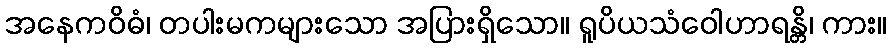
အနေကဝိဓံ၊ တပါးမကများသော အပြားရှိသော။ ရူပိယသံဝေါဟာရန္တိ၊ ကား။